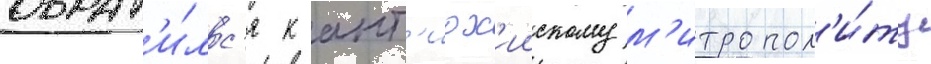
обрат'и́лс'я к ант'иох'иискому м'итропол'и́ту